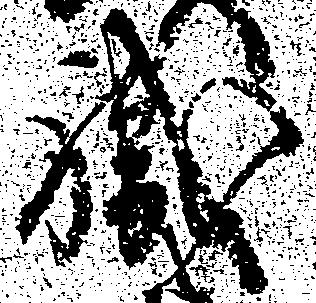
職